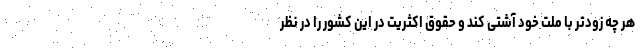
هر چه زودتر با ملت خود آشتی کند و حقوق اکثریت در این کشور را در نظر